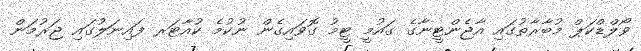
ވޯލްޑްކަޕް މުބާރާތުގައި އާޖެންޓީނާގެ ގައުމީ ޓީމު ގޮވައިގެން ނުކުމެ ކުއާޓަރ ފައިނަލުގައި ޖަރުމަން